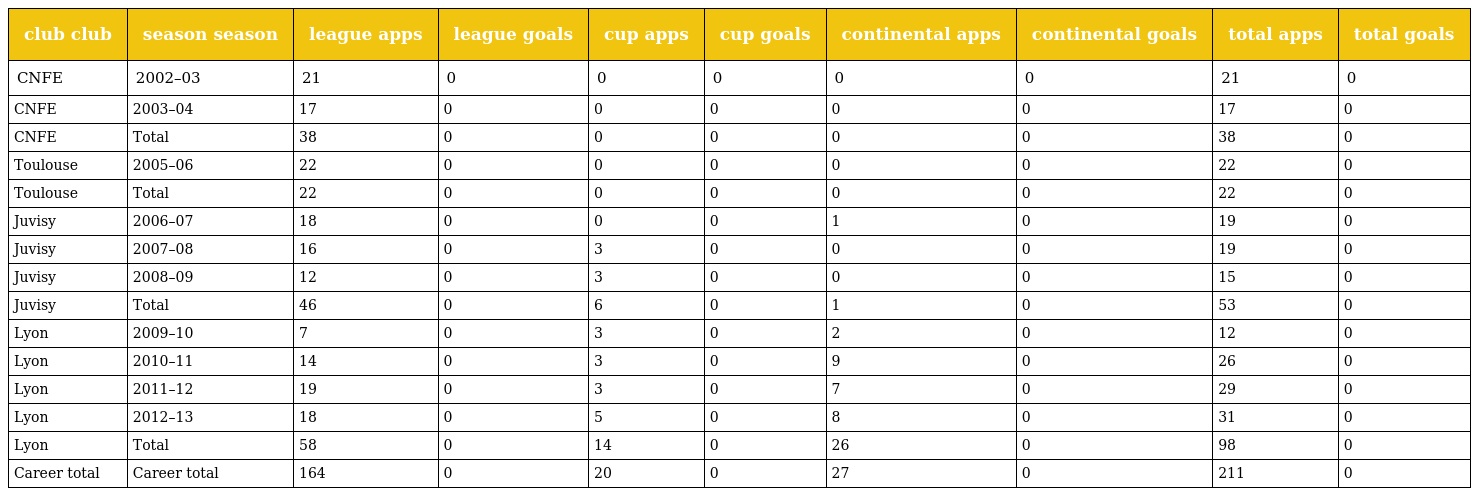
| club club | season season | league apps | league goals | cup apps | cup goals | continental apps | continental goals | total apps | total goals |
 | --- | --- | --- | --- | --- | --- | --- | --- | --- | --- |
 | CNFE | 2002–03 | 21 | 0 | 0 | 0 | 0 | 0 | 21 | 0 |
 | CNFE | 2003–04 | 17 | 0 | 0 | 0 | 0 | 0 | 17 | 0 |
 | CNFE | Total | 38 | 0 | 0 | 0 | 0 | 0 | 38 | 0 |
 | Toulouse | 2005–06 | 22 | 0 | 0 | 0 | 0 | 0 | 22 | 0 |
 | Toulouse | Total | 22 | 0 | 0 | 0 | 0 | 0 | 22 | 0 |
 | Juvisy | 2006–07 | 18 | 0 | 0 | 0 | 1 | 0 | 19 | 0 |
 | Juvisy | 2007–08 | 16 | 0 | 3 | 0 | 0 | 0 | 19 | 0 |
 | Juvisy | 2008–09 | 12 | 0 | 3 | 0 | 0 | 0 | 15 | 0 |
 | Juvisy | Total | 46 | 0 | 6 | 0 | 1 | 0 | 53 | 0 |
 | Lyon | 2009–10 | 7 | 0 | 3 | 0 | 2 | 0 | 12 | 0 |
 | Lyon | 2010–11 | 14 | 0 | 3 | 0 | 9 | 0 | 26 | 0 |
 | Lyon | 2011–12 | 19 | 0 | 3 | 0 | 7 | 0 | 29 | 0 |
 | Lyon | 2012–13 | 18 | 0 | 5 | 0 | 8 | 0 | 31 | 0 |
 | Lyon | Total | 58 | 0 | 14 | 0 | 26 | 0 | 98 | 0 |
 | Career total | Career total | 164 | 0 | 20 | 0 | 27 | 0 | 211 | 0 |